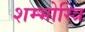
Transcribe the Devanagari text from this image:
शम्भोस्त्रि